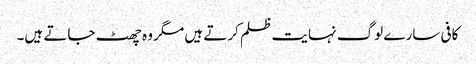
کافی سارے لوگ نہایت ظلم کرتے ہیں مگر وہ چھٹ جاتے ہیں۔